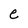
Character: e